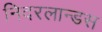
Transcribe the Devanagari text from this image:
निदरलान्डस